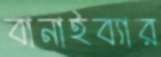
বানাইব্যার